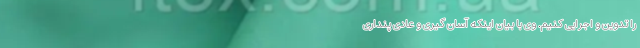
را تدوین ‌و اجرایی کنیم. وی با بیان اینکه آسان گیری و عادی پنداری